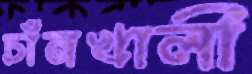
চাঁনখালী